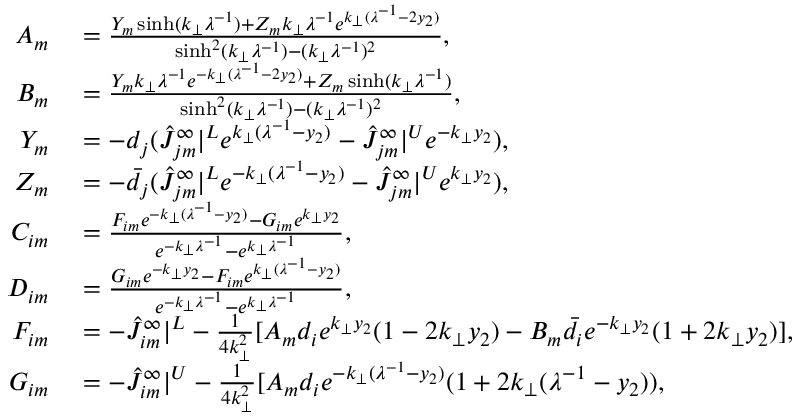
\begin{array} { r l } { A _ { m } } & { { } = \frac { Y _ { m } \sinh ( k _ { \perp } \lambda ^ { - 1 } ) + Z _ { m } k _ { \perp } \lambda ^ { - 1 } e ^ { k _ { \perp } ( \lambda ^ { - 1 } - 2 y _ { 2 } ) } } { \sinh ^ { 2 } ( k _ { \perp } \lambda ^ { - 1 } ) - ( k _ { \perp } \lambda ^ { - 1 } ) ^ { 2 } } , } \\ { B _ { m } } & { { } = \frac { Y _ { m } k _ { \perp } \lambda ^ { - 1 } e ^ { - k _ { \perp } ( \lambda ^ { - 1 } - 2 y _ { 2 } ) } + Z _ { m } \sinh ( k _ { \perp } \lambda ^ { - 1 } ) } { \sinh ^ { 2 } ( k _ { \perp } \lambda ^ { - 1 } ) - ( k _ { \perp } \lambda ^ { - 1 } ) ^ { 2 } } , } \\ { Y _ { m } } & { { } = - d _ { j } ( \hat { J } _ { j m } ^ { \infty } | ^ { L } e ^ { k _ { \perp } ( \lambda ^ { - 1 } - y _ { 2 } ) } - \hat { J } _ { j m } ^ { \infty } | ^ { U } e ^ { - k _ { \perp } y _ { 2 } } ) , } \\ { Z _ { m } } & { { } = - \bar { d } _ { j } ( \hat { J } _ { j m } ^ { \infty } | ^ { L } e ^ { - k _ { \perp } ( \lambda ^ { - 1 } - y _ { 2 } ) } - \hat { J } _ { j m } ^ { \infty } | ^ { U } e ^ { k _ { \perp } y _ { 2 } } ) , } \\ { C _ { i m } } & { { } = \frac { F _ { i m } e ^ { - k _ { \perp } ( \lambda ^ { - 1 } - y _ { 2 } ) } - G _ { i m } e ^ { k _ { \perp } y _ { 2 } } } { e ^ { - k _ { \perp } \lambda ^ { - 1 } } - e ^ { k _ { \perp } \lambda ^ { - 1 } } } , } \\ { D _ { i m } } & { { } = \frac { G _ { i m } e ^ { - k _ { \perp } y _ { 2 } } - F _ { i m } e ^ { k _ { \perp } ( \lambda ^ { - 1 } - y _ { 2 } ) } } { e ^ { - k _ { \perp } \lambda ^ { - 1 } } - e ^ { k _ { \perp } \lambda ^ { - 1 } } } , } \\ { F _ { i m } } & { { } = - \hat { J } _ { i m } ^ { \infty } | ^ { L } - \frac { 1 } { 4 k _ { \perp } ^ { 2 } } [ A _ { m } d _ { i } e ^ { k _ { \perp } y _ { 2 } } ( 1 - 2 k _ { \perp } y _ { 2 } ) - B _ { m } \bar { d } _ { i } e ^ { - k _ { \perp } y _ { 2 } } ( 1 + 2 k _ { \perp } y _ { 2 } ) ] , } \\ { G _ { i m } } & { { } = - \hat { J } _ { i m } ^ { \infty } | ^ { U } - \frac { 1 } { 4 k _ { \perp } ^ { 2 } } [ A _ { m } d _ { i } e ^ { - k _ { \perp } ( \lambda ^ { - 1 } - y _ { 2 } ) } ( 1 + 2 k _ { \perp } ( \lambda ^ { - 1 } - y _ { 2 } ) ) , } \end{array}